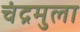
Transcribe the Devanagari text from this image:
चंद्रमुला